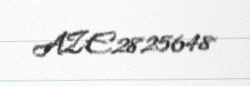
AZE2825648